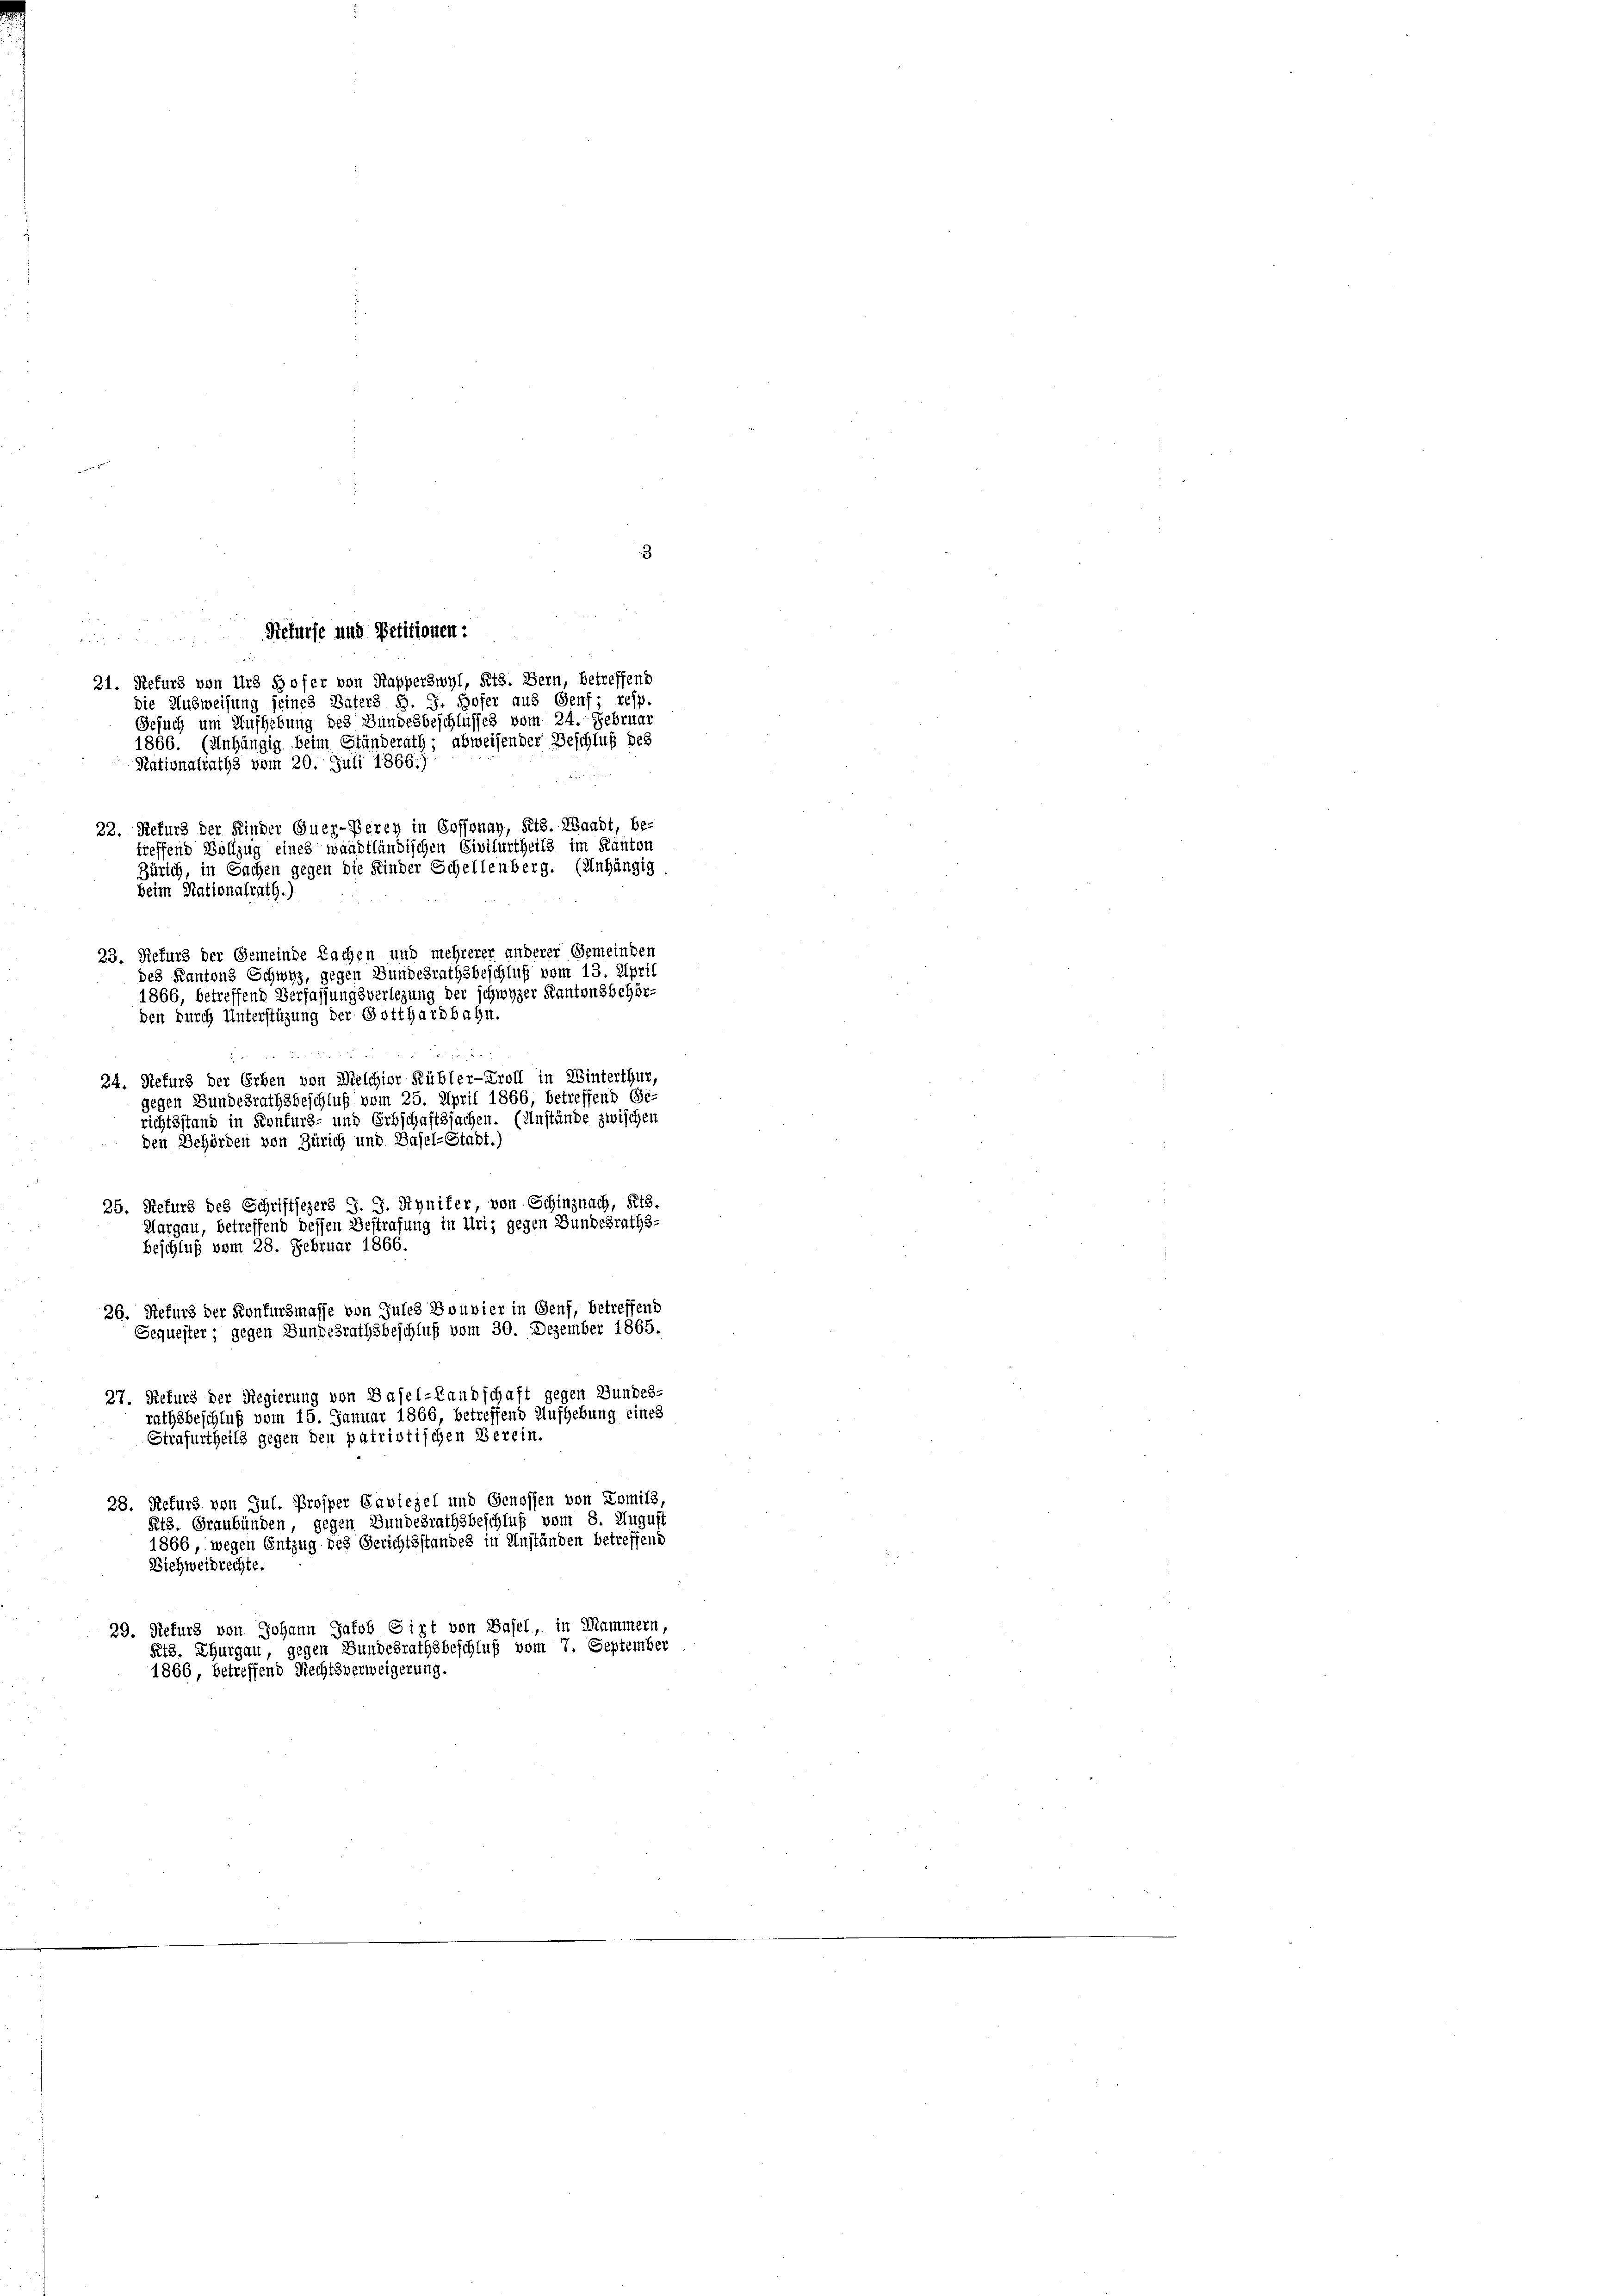
a
 4 x
21. Refurs von Urs sofer von Kapperswyl, Fitz, Bern, betreffend
die Ausweisung seines Vaters S. J. Hofer aus Genf; resp.
Gesuch um Aufhebung des Bundesbeschlusses vom 24. Februar
1866. (Anhängig beim Ständerath; abweisender Beschluß des
Nationalraths vom 20. Juli 1866.)
Brunnen
22. Refurs der Kinder Quer-Berey in Cossonay, Kts. Waadt, be-
treffend Vollzug eines waadtländischen Civilurtheils im Kanton
Zürich, in Sachen gegen die Kinder Schellenberg. (Unhängig
23. Refurs der Gemeinde Rachen und mehrerer anderer Gemeinden
richtsstand in Konfurs- und Erbschaftssachen. (Anstände zwischen
den Behörden von Zürich und Basel-Stadt.)
25. Rekurs des Schriftsezers J. J. Rynifer, von Schinznach, Ris
Margau, betreffend dessen Bestrafung in Uri, gegen Bundesraths-
Beschluß vom 28. Februar 1866.
26. Sefurs der Konkursmasse von Jules Bouvier in Genf, betreffend
Sequester; gegen Bundesrathsbeschluß vom 30. Dezember 1865.
27. Rekurs der Regierung von Basel-Landschaft gegen Bundes-
rathsbeschluß vom 15. Januar 1866, betreffend Aufhebung eines
Strafurtheils gegen den patriotischen Verein.
28. Refurs von Jul. Prosper Caviezel und Genossen von Lomils,
Frs. Graubünden, gegen Bundesrathsbeschluß vom 8. August
1866, wegen Entzug des Gerichtsstandes in Anständen betreffend
Eichweidrechte.
29. Refurs von Johann Jakob Girt von Basel, in Mammern,
igen Bundesrathsbeschluß vom 7. September
Rt3. Thurgau,
1866, betreffend Rechtsverweigerung.

beim Stationalrath.)

des Kantons Schwyz, gegen Bundesrathsbeschluß vom 13. April
1866, betreffend Verfassungsverlegung der schwyzer Kantonsbehör-
den durch Unterstüzung der Gotthardbahn.
24. Refur der Erben von Melchior Kübler-Troll in Winterthur,
gegen Bundesrathsbeschluß vom 25. April 1866, betreffend Ge

Riefurfe und Petitionen:

3